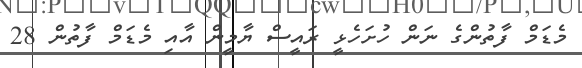
މެޑަމް ފާތުންގެ ނަން ހުށަހެޅީ ރައީސް ޔާމީން އާއި މެޑަމް ފާތުން 28